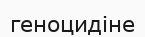
геноцидіне